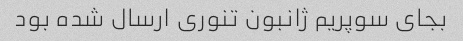
بجای سوپریم ژانبون تنوری ارسال شده بود